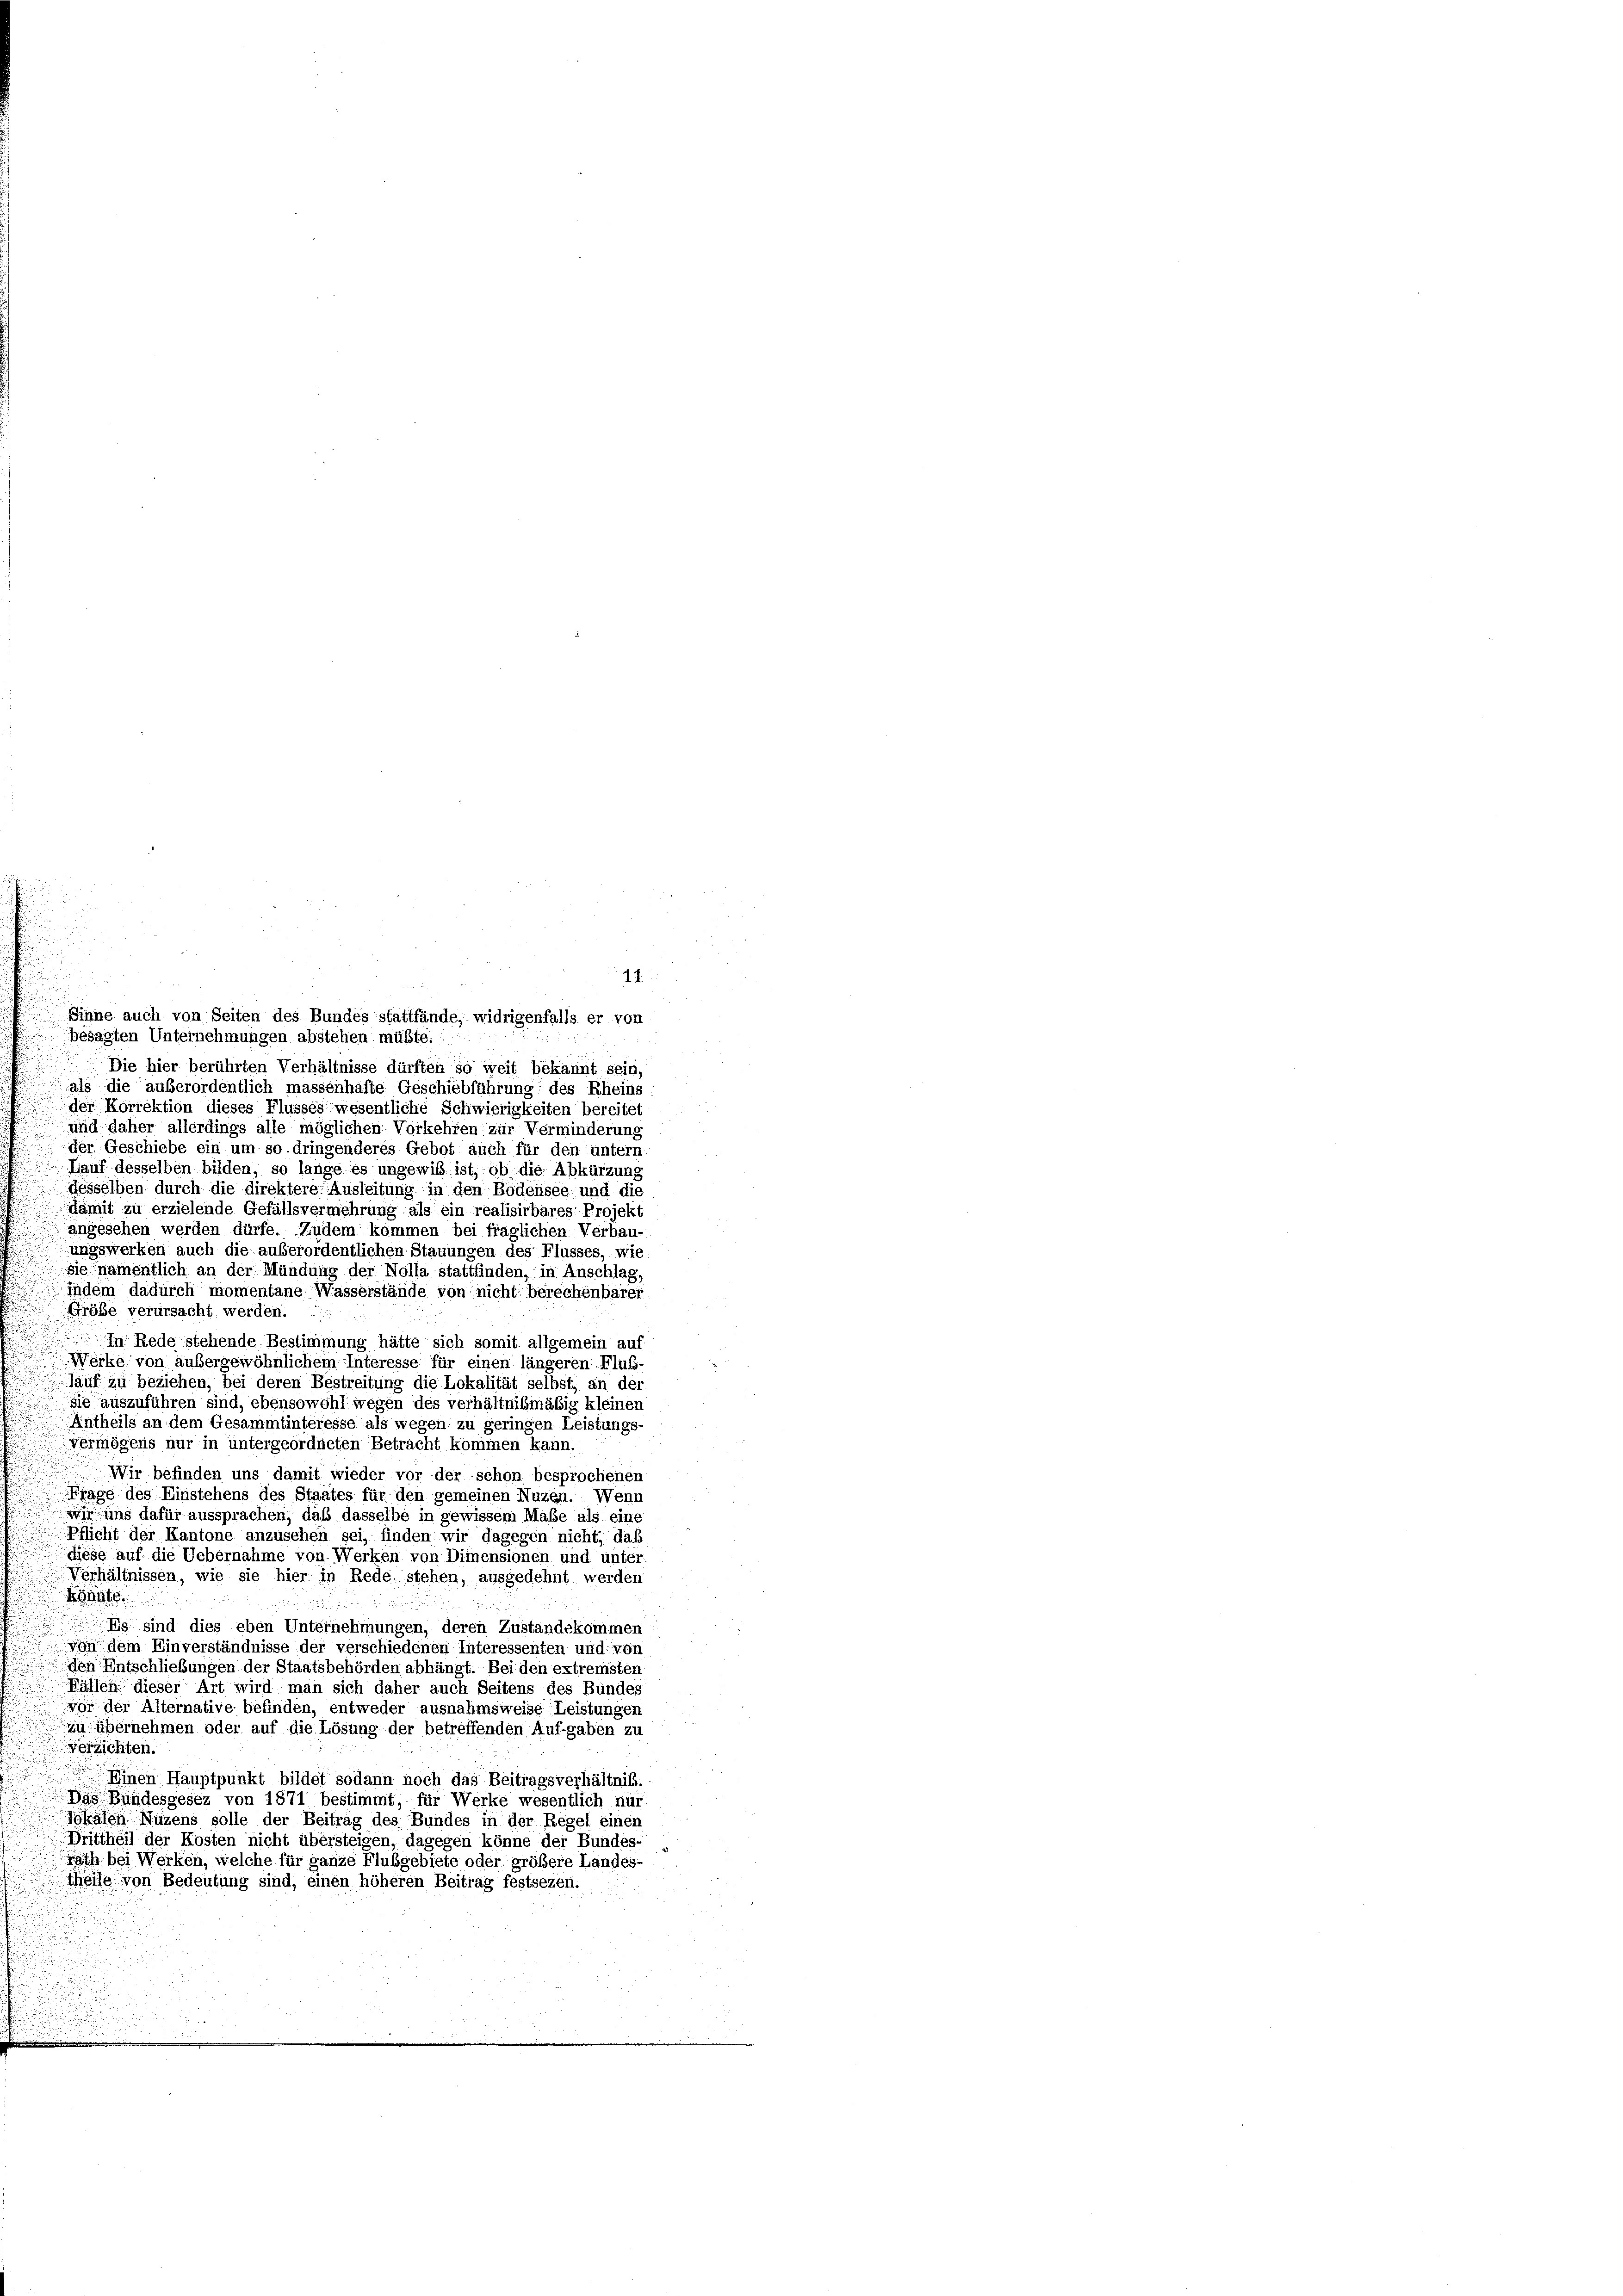
1
Die hier berührten Verhältnisse dürften so weit bekannt sein,
als die außerordentlich massenhafte Geschiebführung: des Rheins
der Korrektion dieses Flusses wesentliche Schwierigkeiten bereitet
und daher allerdings alle möglichen Vorkehren zur Verminderung
der Geschiebe ein um so dringenderes Gebot auch für den untern
Hauf desselben bilden, so lange es ungewiß ist, ob die Abkürzung
desselben durch die direktere Ausleitung in den Bödensee und die
damit zu erzielende Gefällsvermehrung als ein realisirbares Projekt
angesehen werden dürfe. Zudem kommen bei fraglichen Verbau-
ungswerken auch die außerordentlichen Stauungen des Flusses, wie
Sie namentlich an der Mündung der Nolla stattfinden, in Anschlag
indem dadurch momentane Wasserstände von nicht berechenbarer
Größe verursacht werden.
In Rede stehende Bestimmung hätte sich somit allgemein auf
Werke von außergewöhnlichem Interesse für einen längeren Fluß-
lauf zu beziehen, bei deren Bestreitung die Lokalität selbst, an der
sie auszuführen sind, ebensowohl wegen des verhältnißmäßig kleinen
Antheils an dem Gesammtinteresse als wegen zu geringen Leistungs-
vermögens nur in untergeordneten Betracht kommen kann.
Wir befinden uns damit wieder vor der schon besprochenen
Frage des Einstehens des Staates für den gemeinen Nuzen. Wenn
wir uns dafür aussprachen, daß dasselbe in gewissem Maße als eine
Pflicht der Kantone anzusehen sei, finden wir dagegen nicht, daß
diese auf die Uebernahme von Werken von Dimensionen und unter
Verhältnissen, wie sie hier in Rede stehen, ausgedehnt werden
Könnte.
u
Eg sind dies eben Unternehmungen, deren Zuständekommen
von dem Einverständnisse der verschiedenen Interessenten und von
den Entschließungen der Staatsbehörden abhängt. Bei den extremsten
Fällen dieser Art wird man sich daher auch Seitens des Bundes
vor der Alternative befinden, entweder ausnahmsweise Leistungen
zu übernehmen oder auf die Lösung der betreffenden Aufgaben zu
verzichten.

Einen Hauptpunkt bildet sodann noch das Beitragsverhältnis.
Das Bundesgesez von 1871 bestimmt, für Werke wesentlich nur
Jokalen Nuzens solle der Beitrag des Bundes in der Regel einen
Drittheil der Kosten nicht übersteigen, dagegen könne der Bundes-
rath bei Werken, welche für ganze Flubgebiete oder größere Landes-
theile von Bedeutung sind, einen höheren Beitrag festsezen.

Sinne auch von Seiten des Bundes stattfände, widrigenfalls er von
besagten Unternehmungen abstehen müßte.